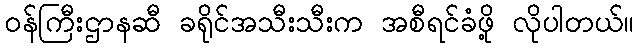
ဝန်ကြီးဌာနဆီ ခရိုင်အသီးသီးက အစီရင်ခံဖို့ လိုပါတယ်။